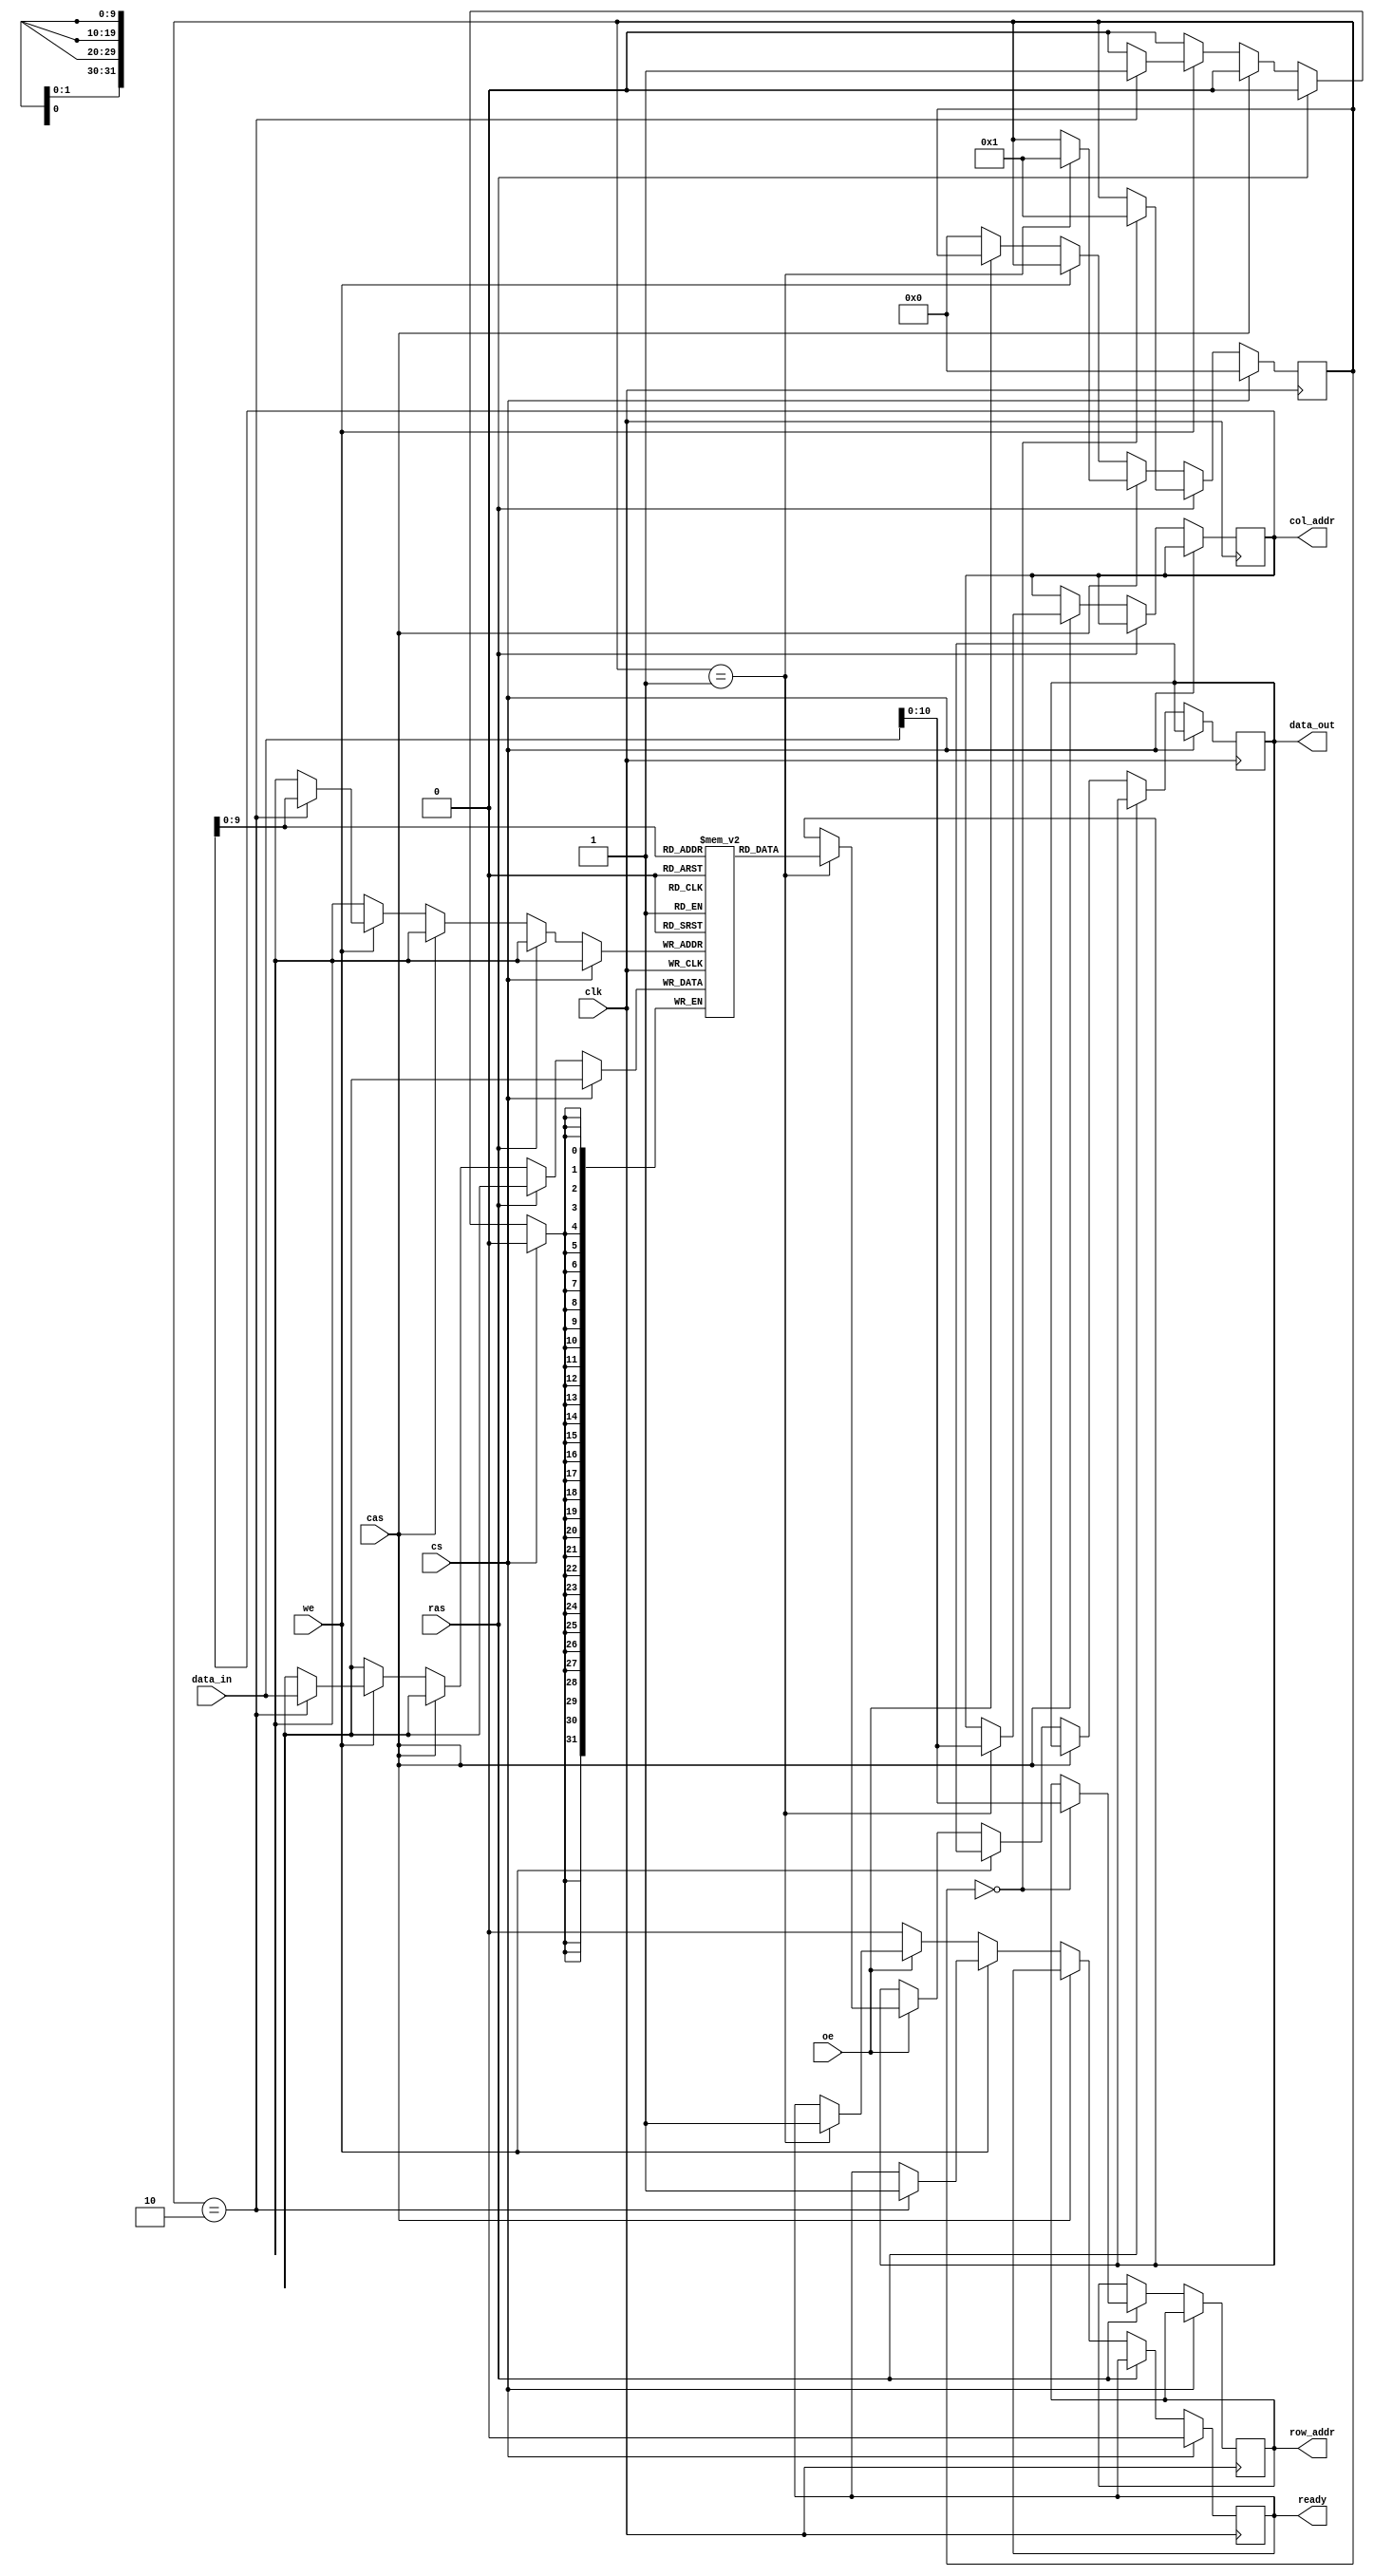
module sdram_io_block (
    input wire clk,          // Clock signal
    input wire cs,           // Chip Select
    input wire ras,          // Row Address Strobe
    input wire cas,          // Column Address Strobe
    input wire we,           // Write Enable
    input wire oe,           // Output Enable
    input wire [31:0] data_in, // Data input from external controller
    output reg [31:0] data_out, // Data output to external controller
    output reg ready,        // Ready signal for the external controller
    output reg [10:0] row_addr, // Row address
    output reg [10:0] col_addr  // Column address
);

    // Internal registers
    reg [31:0] memory [0:1023]; // Simple memory array (1024 x 32 bits)
    reg [3:0] state;            // State machine for operation
    reg refresh_active;         // Refresh operation flag

    // State encoding
    localparam IDLE = 4'b0000,
               READ = 4'b0001,
               WRITE = 4'b0010,
               REFRESH = 4'b0011;

    // Timing control parameters
    parameter REFRESH_INTERVAL = 100; // Example refresh interval

    // Main process
    always @(posedge clk) begin
        if (!cs) begin
            // Chip is selected
            if (ras) begin
                // Row Address Strobe
                if (state == IDLE) begin
                    row_addr <= data_in[10:0]; // Assuming row address is part of data_in
                    state <= READ; // Move to READ state
                end
            end else if (cas) begin
                // Column Address Strobe
                if (state == READ) begin
                    col_addr <= data_in[10:0]; // Assuming column address is part of data_in
                    state <= READ; // Stay in READ state
                end
            end else if (we) begin
                // Write Enable
                if (state == WRITE) begin
                    memory[{row_addr, col_addr}] <= data_in; // Write data to memory
                    ready <= 1; // Indicate operation is complete
                end
            end else if (oe) begin
                // Output Enable
                if (state == READ) begin
                    data_out <= memory[{row_addr, col_addr}]; // Read data from memory
                    ready <= 1; // Indicate operation is complete
                end
            end else begin
                // Reset state
                state <= IDLE;
                ready <= 0;
            end
        end else begin
            // Chip is not selected
            state <= IDLE;
            ready <= 0;
        end
    end

    // Refresh Logic (simplified)
    always @(posedge clk) begin
        if (refresh_active) begin
            // Perform refresh operation
            // This is a simplified example; actual refresh logic would vary
            // Here we just toggle the refresh_active flag for demonstration
            refresh_active <= ~refresh_active;
        end
    end

    // Initialization and periodic refresh (not fully implemented)
    initial begin
        ready = 0;
        refresh_active = 0;
        state = IDLE;
    end

endmodule